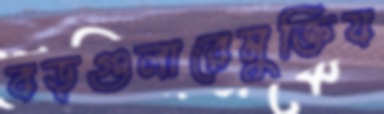
বড়গুলারেমুক্তিয